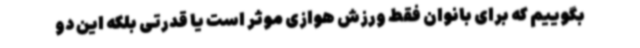
بگوییم که برای بانوان فقط ورزش هوازی موثر است یا قدرتی بلکه این دو